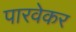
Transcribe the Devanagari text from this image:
पारवेकर